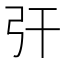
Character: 㢨